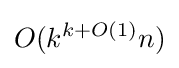
O(k^{k+O(1)}n)